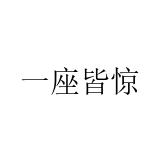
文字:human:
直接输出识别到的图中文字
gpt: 一座皆惊